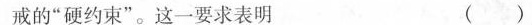
戒的”硬约束”。这一要求表明 ()